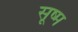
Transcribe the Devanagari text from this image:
सूष्म